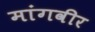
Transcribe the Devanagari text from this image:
मांगवीर